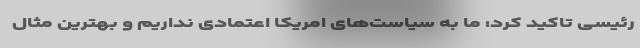
رئیسی تاکید کرد: ما به سیاست‌های امریکا اعتمادی نداریم و بهترین مثال